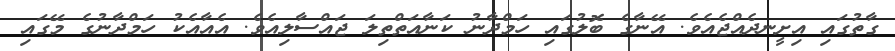
ގާތުގައި އިށީނދެއްޖެއެވެ. އޭނާގެ ބޮލުގައި ހަމްދާނު ކަނާއަތްތިލަ ޖައްސާލިއެވެ. އެއާއެކު ހަމްދާނުގެ މޭގައި